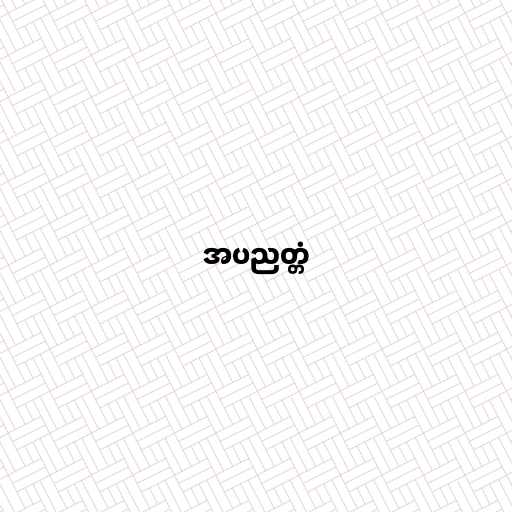
အပညတ္တံ